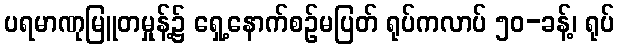
ပရမာဏုမြူတမှုန့်၌ ရှေ့နောက်စဉ်မပြတ် ရုပ်ကလာပ် ၅၀-ခန့်၊ ရုပ်